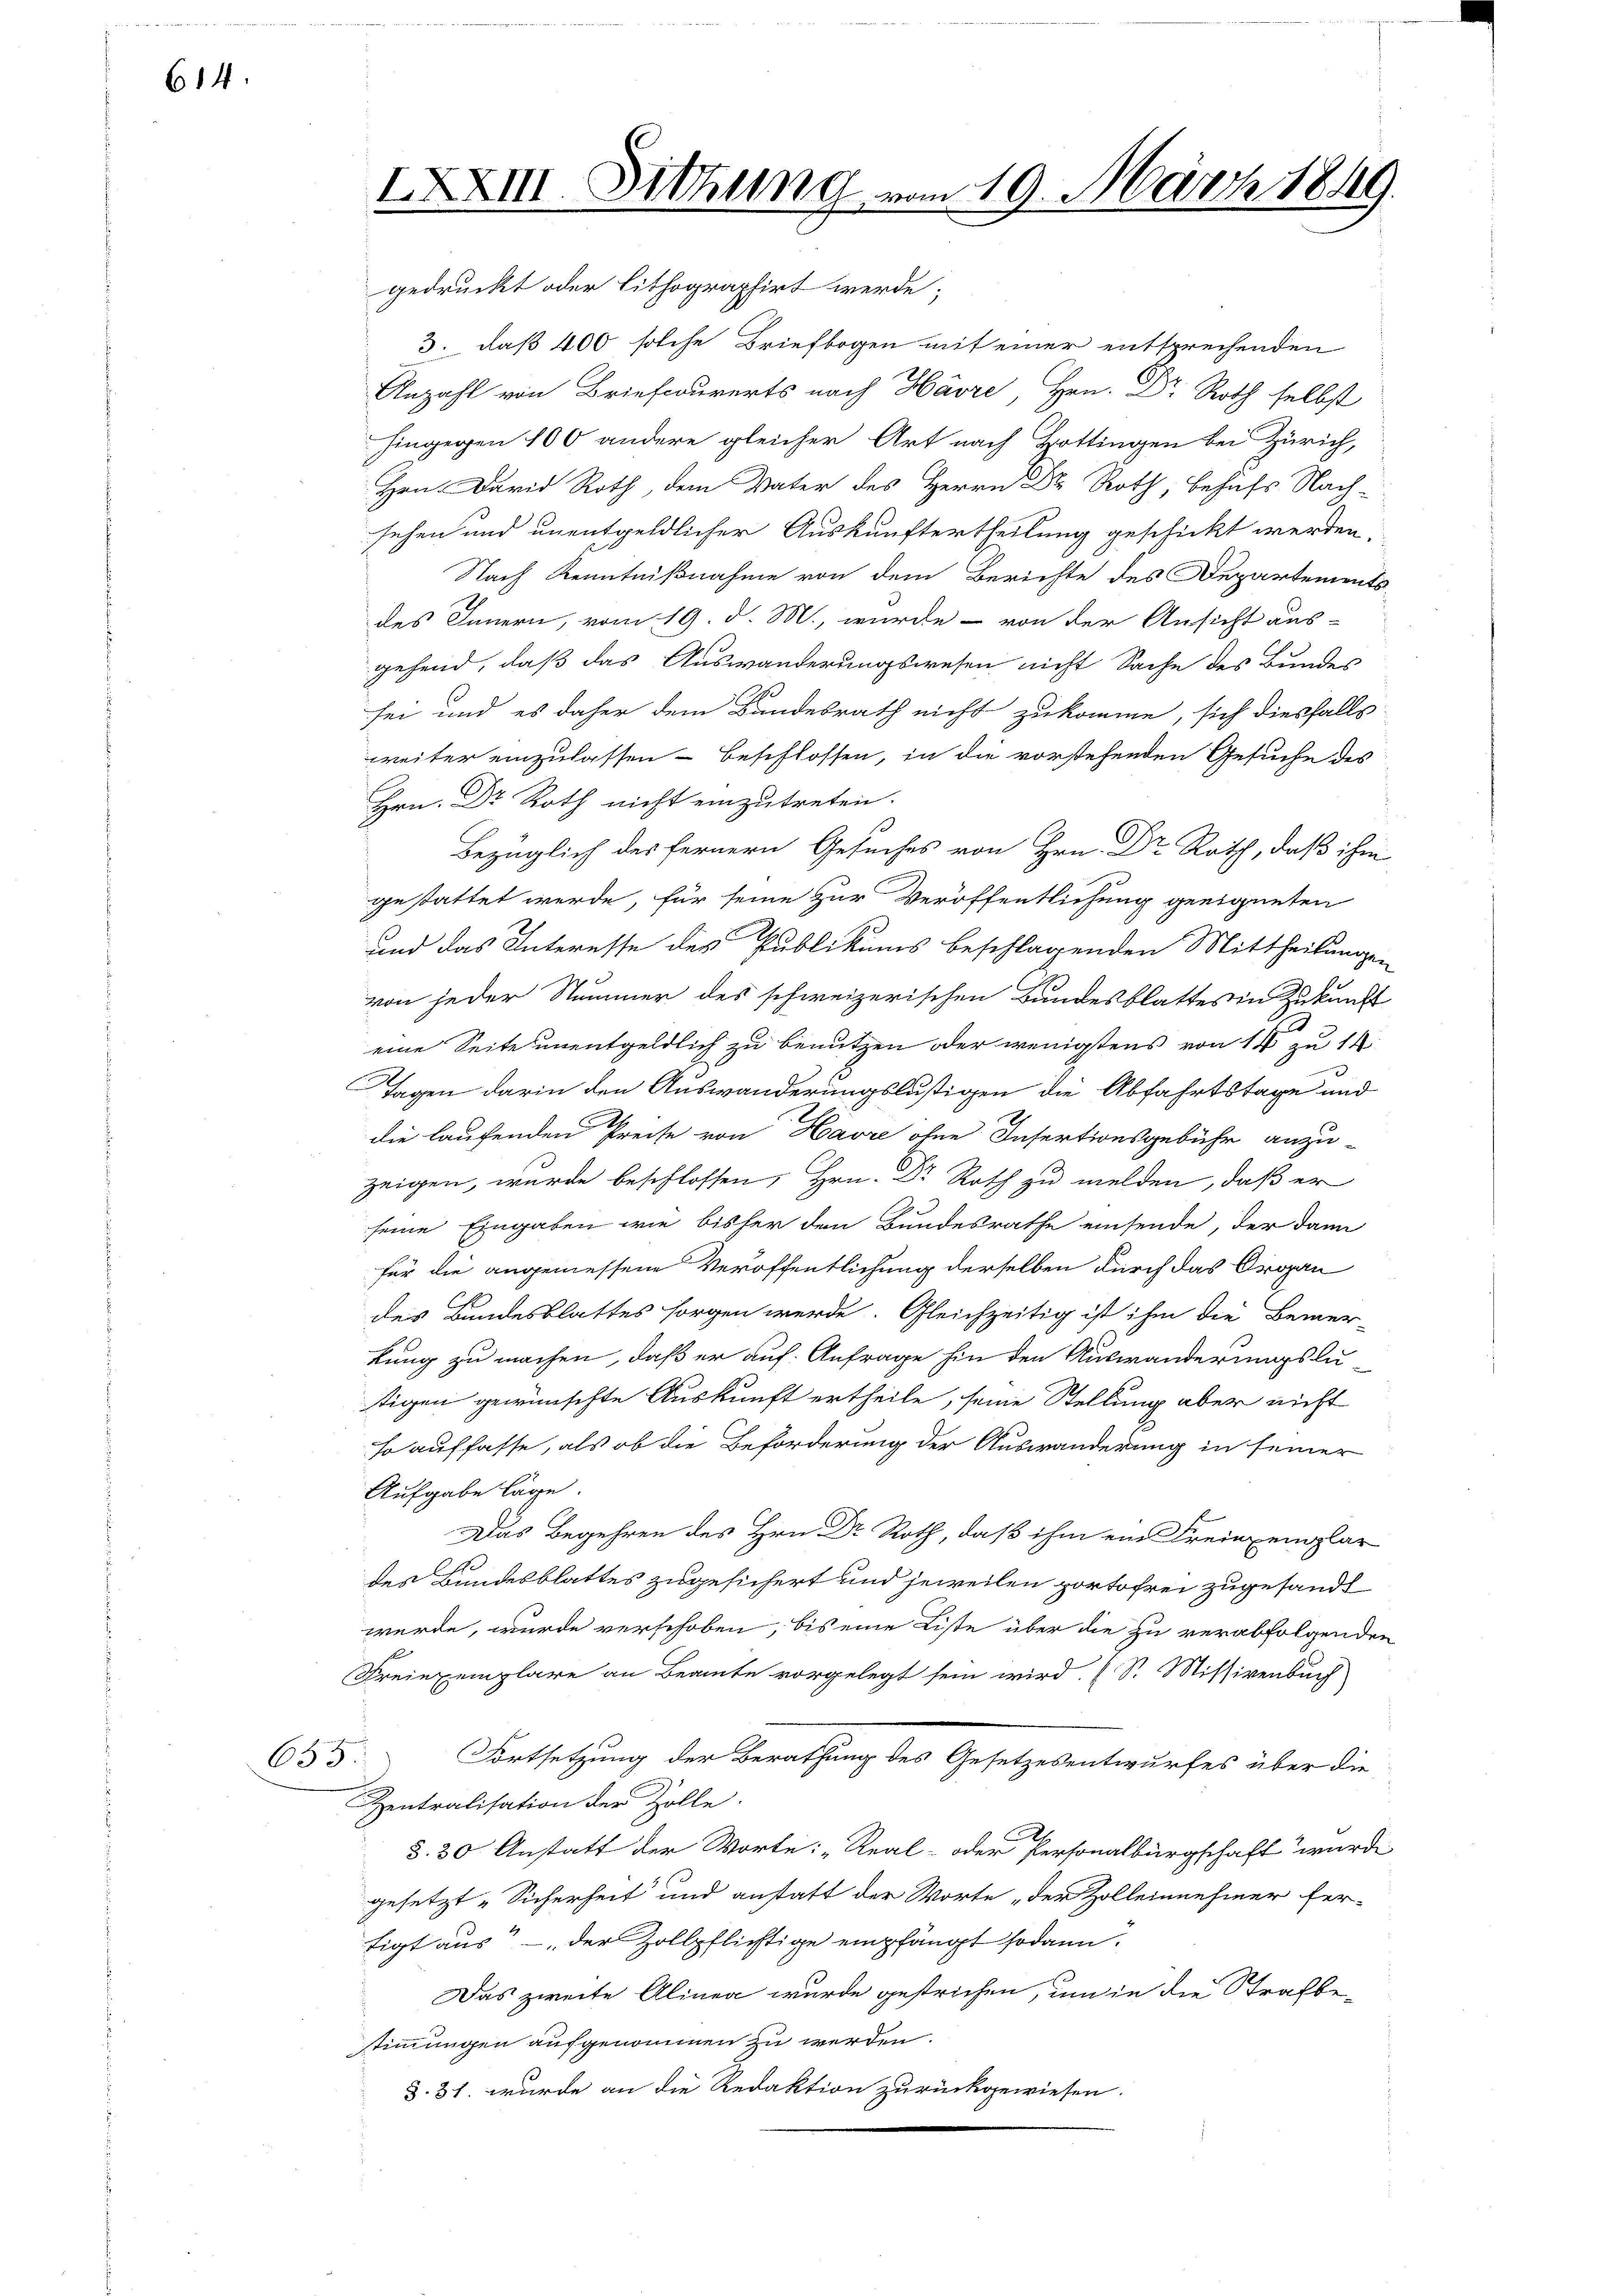
614

XXXIII. Mithung vom 19. März 1849.

gedruckt oder lithographirt werde;
3. daß 400 solche Briefbogen mit einer entsprechenden
.
hingegen 100 andere gleicher Art nach Hottingen bei Zürich,
Hrn. David Roth, dem Vater des Herrn Dr Roth, behufs Nach-
sehen und unentgeldlicher Auskunftertheilung geschickt werden,
Nach Kenntnißnahme von dem Berichte des Departements-
des Innern, vom 19. d. M., wurde - von der Ansicht aus-
gehend, daß das Auswanderungswesen nicht Sache des Bundes
sei und es daher dem Bundesrath nicht zukomme, sich diesfalls
weiter einzulassen beschlossen, in die vorstehenden Gesuche des
Hrn. Dr Roth nicht einzutreten.

gestattet werde, für seine zur Veröffentlichung geeigneten
und das Interesse des Publikums beschlagenden Mittheilungen
von jeder Nummer des schweizerischen Bundesblattes in Zukunft
eine Seite unentgeldlich zu benutzen oder wenigstens von 14 zu 14
Tagen darin den Auswanderungslustigen die Abfahrtstage und
die laufenden Preise von Havre ohne Insertionsgebühr anzu-
zeigen, wurde beschlossen, Hrn. Dr Roth zu melden, daß er
seine Eingaben wie bisher den Bundesrathe einsende, der dann
für die angemessene Veröffentlichung derselben durch das Organ
des Bundesblattes sorgen werde. Gleichzeitig ist ihm die Bemer-
kung zu machen, daß er auf Anfrage hin den Auswanderungslu
tigen gewünschte Auskunft ertheile, seine Stellung aber nicht
so auffasse, als ob die Beförderung der Auswanderung in seiner
Aufgabe lage.
Das Begehren des Hrn. Dr Roth, daß ihm ein Freiexemplar
de
des Bundesblattes zugesichert und jeweilen portofrei zugesandt
werde, wurde verschoben, bis eine Liste über die zu verabfolgenden
Freiexemplare an Beamte vorgelegt sein wird. (S. Missivenbuch
Fortsetzung der Berathung des Gesetzesentwurfes über die
635
Zentralisation der Zolle.
§. 30 Anstatt der Worte: „Real- oder Personalbürgschaft wurde
gesetzt „Sicherheit und anstatt der Worte „der Zolleinnehmer fer-
tigt aus der Zollpflichtige empfängt sodann
Das zweite Alinea wurde gestrichen, um in die Strafbestimmungen aufgenommen zu werden.
§. 31. wurde an die Redaktion zurückgewiesen.